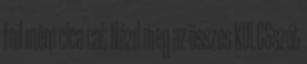
fail mém cica cat Nézd meg az összes KULCSszót